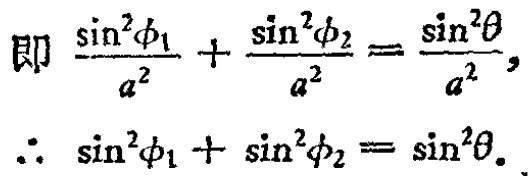
即 \(\frac{\sin^{2}\phi_{1}}{a^{2}} + \frac{\sin^{2}\phi_{2}}{a^{2}} = \frac{\sin^{2}\theta}{a^{2}}\)，
\(\therefore \sin^{2}\phi_{1} + \sin^{2}\phi_{2} = \sin^{2}\theta\)。